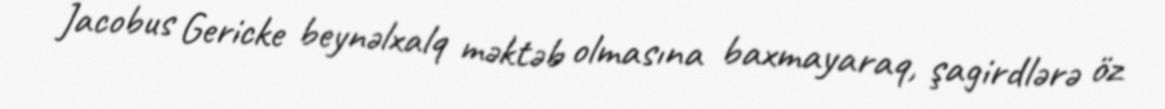
Jacobus Gericke beynəlxalq məktəb olmasına baxmayaraq, şagirdlərə öz